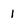
Character: 1